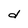
Character: d